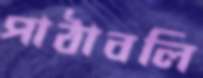
পাঠাবলি